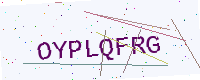
Text: OYPLQFRG